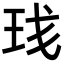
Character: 𬍗